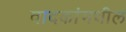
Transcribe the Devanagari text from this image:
वादकांमधील